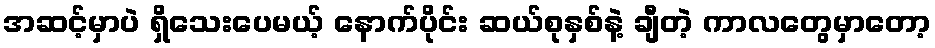
အဆင့်မှာပဲ ရှိသေးပေမယ့် နောက်ပိုင်း ဆယ်စုနှစ်နဲ့ ချီတဲ့ ကာလတွေမှာတော့